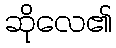
ဆိုလေ၏